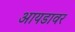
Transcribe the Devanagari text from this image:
आयडावर